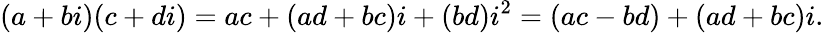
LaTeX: (a+bi)(c+di)=ac+(ad+bc)i+(bd)i^{2}=(ac-bd)+(ad+bc)i.